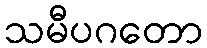
သမီပဂတော